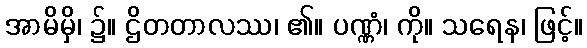
အာမိမှိ၊ ၌။ ဌိတတာလဿ၊ ၏။ ပဏ္ဏံ၊ ကို။ သရေန၊ ဖြင့်။